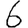
Digit: 6